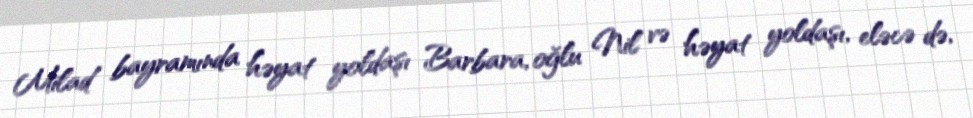
Milad bayramında həyat yoldaşı Barbara, oğlu Nil və həyat yoldaşı, eləcə də,